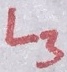
Text: L3